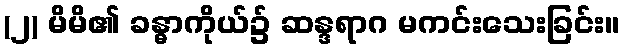
(၂) မိမိ၏ ခန္ဓာကိုယ်၌ ဆန္ဒရာဂ မကင်းသေးခြင်း။